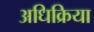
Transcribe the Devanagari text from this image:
अधिक्रिया